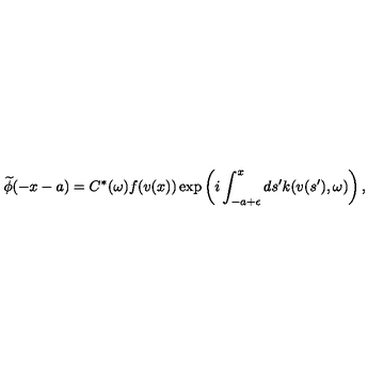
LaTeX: \widetilde { \phi } ( - x - a ) = C ^ { * } ( \omega ) f ( v ( x ) ) \exp \left( i \int _ { - a + \epsilon } ^ { x } d s ^ { \prime } k ( v ( s ^ { \prime } ) , \omega ) \right) ,